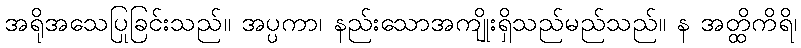
အရိုအသေပြုခြင်းသည်။ အပ္ပကာ၊ နည်းသောအကျိုးရှိသည်မည်သည်။ န အတ္ထိကိရိ၊